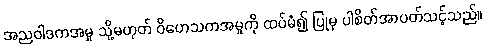
အညဝါဒကအမှု သို့မဟုတ် ဝိဟေသကအမှုကို ထပ်မံ၍ ပြုမှ ပါစိတ်အာပတ်သင့်သည်။